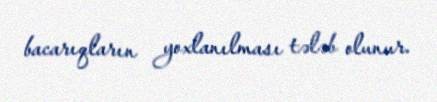
bacarıqların yoxlanılması tələb olunur.